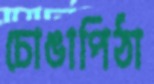
চোঙাপিঠা